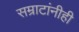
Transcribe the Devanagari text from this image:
सम्राटांनीही